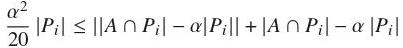
$\frac{\alpha^{2}}{20}|P_{i}| \leq ||A \cap P_{i}| - \alpha|P_{i}|| + |A \cap P_{i}| - \alpha|P_{i}|$